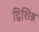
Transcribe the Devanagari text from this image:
द्विशिश्न